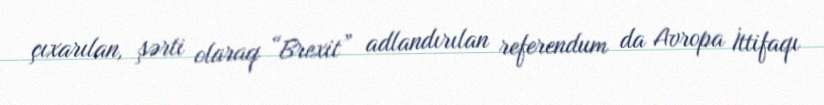
çıxarılan, şərti olaraq “Brexit” adlandırılan referendum da Avropa İttifaqı